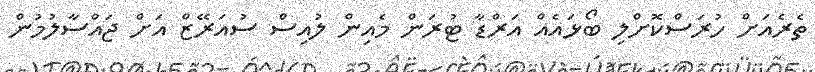
ތެރެއަށް ހުރަސްކޮށްލި ބޯޅައެއް އަރްޑާ ޓުރަން މެއިން ލުއިސް ސުއަރޭޒް އަށް ޖައްސާލުމުން